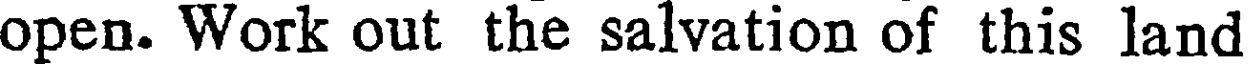
open. Work out the salvation of this land